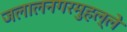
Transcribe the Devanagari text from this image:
जलालनगरमुहल्ले